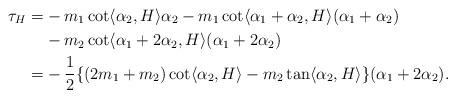
LaTeX: \begin{align*}\tau_{H}=&-m_{1}\cot \langle \alpha_{2}, H \rangle \alpha_{2}-m_{1}\cot \langle \alpha_{1}+\alpha_{2}, H \rangle (\alpha_{1}+\alpha_{2})\\&-m_{2}\cot \langle \alpha_{1}+2\alpha_{2}, H \rangle (\alpha_{1}+2\alpha_{2})\\=&-\frac{1}{2}\{ (2m_{1}+m_{2})\cot \langle \alpha_{2}, H \rangle -m_{2}\tan \langle \alpha_{2}, H \rangle\} (\alpha_{1}+2\alpha_{2}). \end{align*}